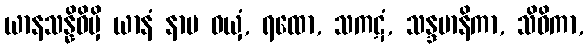
ယာနသန္နိဓိမှိ ယာနံ နာမ ဝယှံ, ရထော, သကဋံ, သန္ဒမာနိကာ, သိဝိကာ,